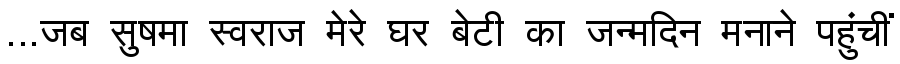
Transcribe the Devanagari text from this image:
...जब सुषमा स्वराज मेरे घर बेटी का जन्मदिन मनाने पहुंचीं